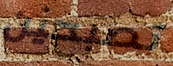
تصبحين